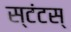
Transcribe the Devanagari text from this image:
स्टंटस्